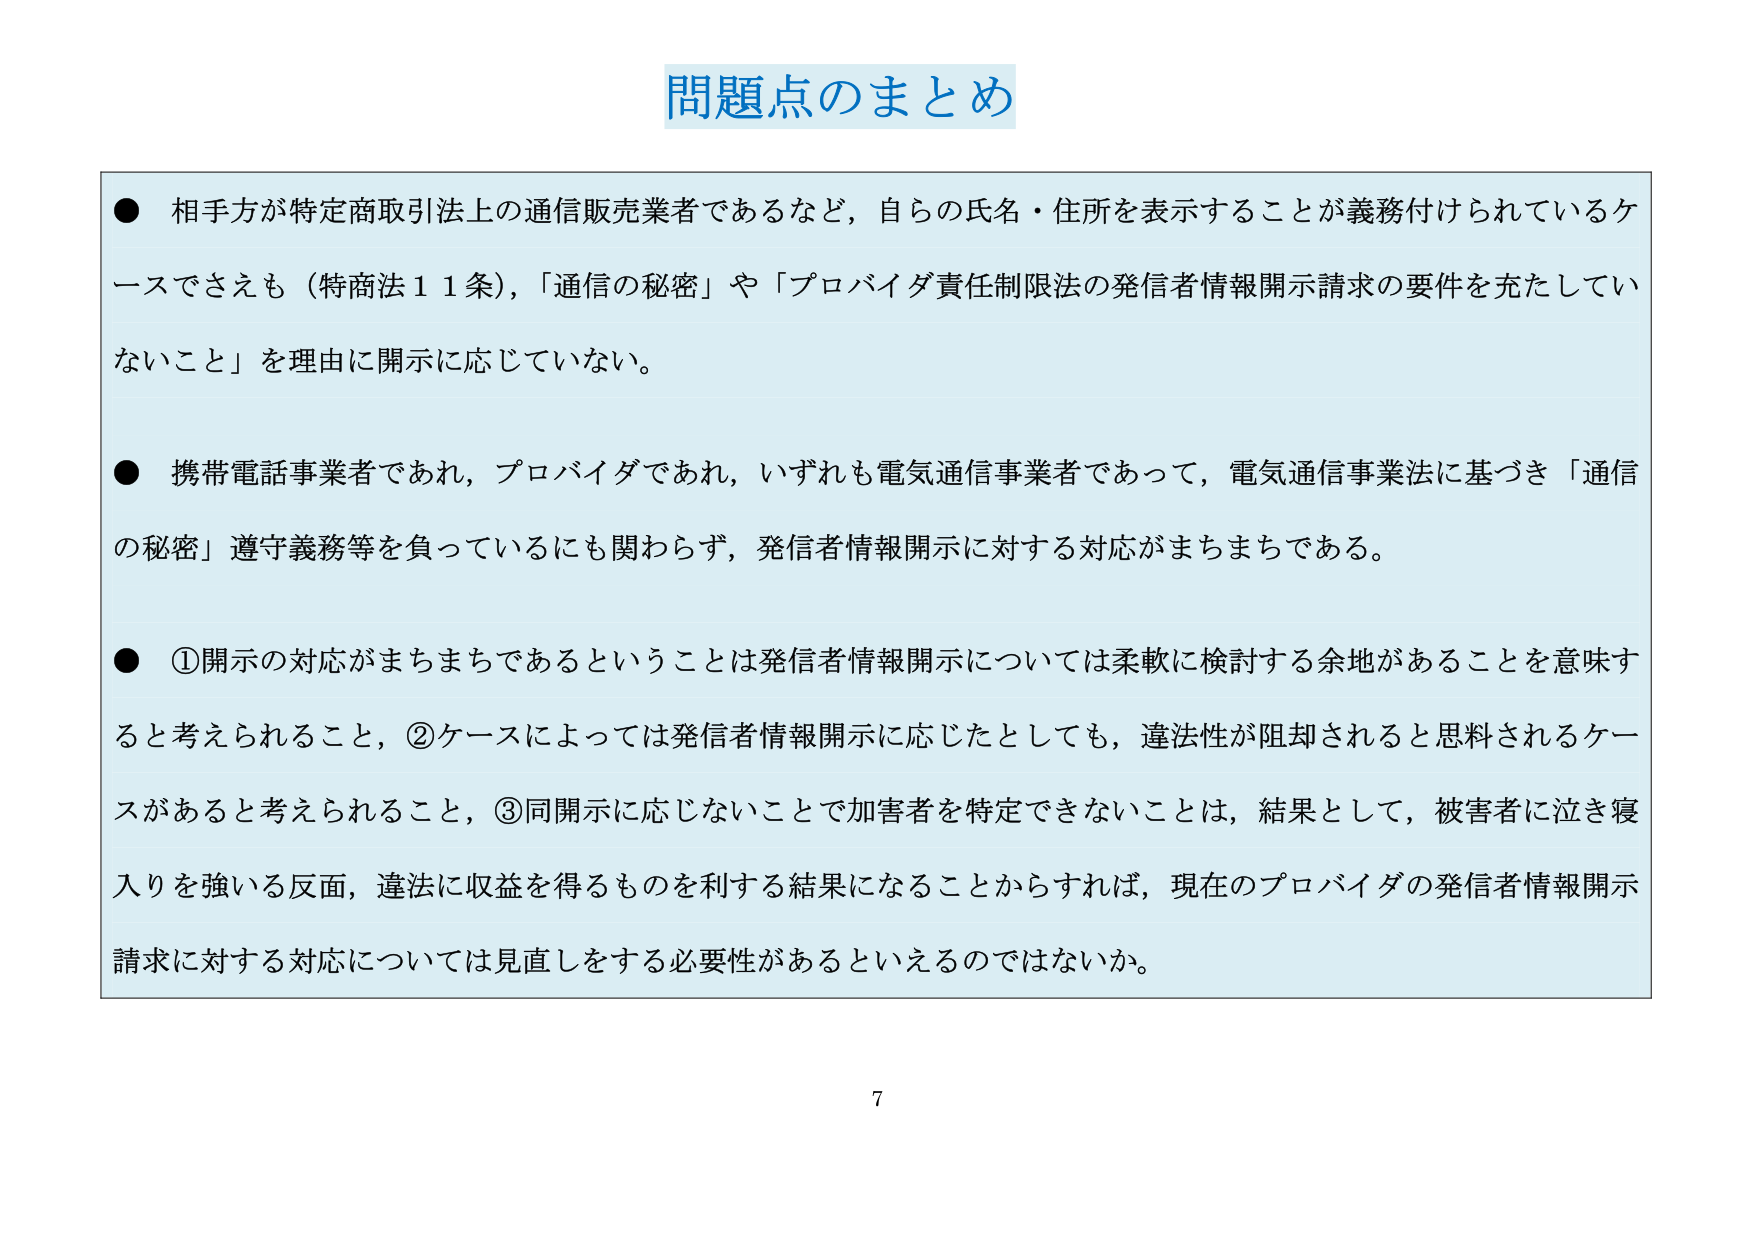
問題点のまとめ

● 相手方が特定商取引法上の通信販売業者であるなど，自らの氏名・住所を表示することが義務付けられているケースでさえも（特商法11条），「通信の秘密」や「プロバイダ責任制限法の発信者情報開示請求の要件を充たしていないこと」を理由に開示に応じていない。

● 携帯電話事業者であれ，プロバイダであれ，いずれも電気通信事業者であって，電気通信事業法に基づき「通信の秘密」遵守義務等を負っているにも関わらず，発信者情報開示に対する対応がまちまちである。

● ①開示の対応がまちまちであるということは発信者情報開示については柔軟に検討する余地があることを意味すると考えられること，②ケースによっては発信者情報開示に応じたとしても，違法性が阻却されると思料されるケースがあると考えられること，③同開示に応じないことで加害者を特定できないことは，結果として，被害者に泣き寝入りを強いる反面，違法に収益を得るものを利する結果になることからすれば，現在のプロバイダの発信者情報開示請求に対する対応については見直しをする必要性があるといえるのではないか。

7